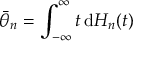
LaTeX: { \bar { \theta } } _ { n } = \int _ { - \infty } ^ { \infty } t \, \mathrm { d } H _ { n } ( t )